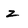
Character: z